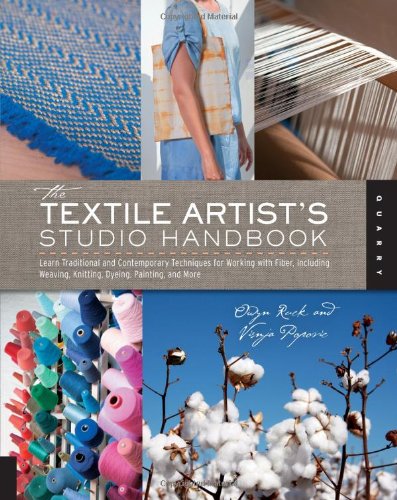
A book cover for The Textile Artist's Studio Handbook: Learn Traditional and Contemporary Techniques for Working with Fiber, Including Weaving, Knitting, Dyeing, Painting, and More (Studio Handbook Series); Visnja Popovic; Crafts, Hobbies & Home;